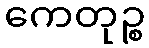
ကေတုဉ္စ